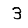
Digit: 3